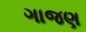
ગાજણ